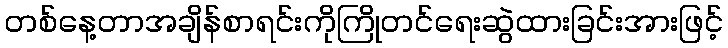
တစ်နေ့တာအချိန်စာရင်းကိုကြိုတင်ရေးဆွဲထားခြင်းအားဖြင့်